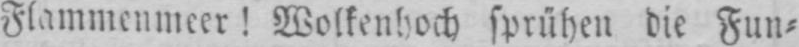
Flammenmeer! Wolkenhoch sprühen die Fun⸗